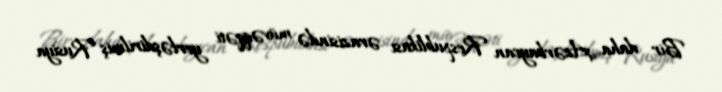
Bir daha Azərbaycan Respublikası ərazisində müvəqqəti yerləşdirilmiş Rusiya